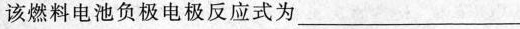
该燃料电池负极电极反应式为___